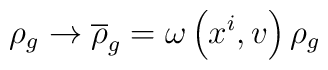
\rho_{g}\rightarrow \overline{\rho }_{g}=\omega \left( x^{i},v\right) \rho _{g}